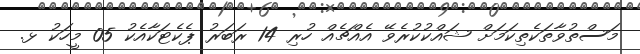
މަސްތުވާތަކެތިކަމަށް ޝައްކުކުރެވޭ އެއްޗެއް ހުރި 14 ރަބަރު ޕެކެޓަކާއެކު 05 މީހަކު ޅ.